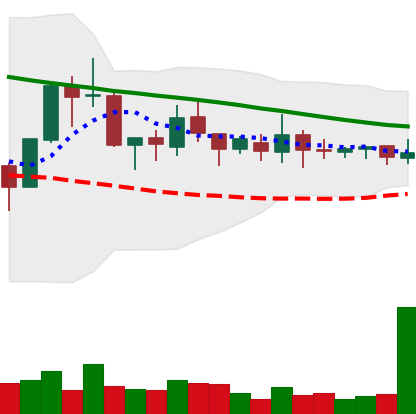
Ticker: XMR-USD
Chart end date: 2018-10-08
Forward return: -10.622%
Label: down_7plus